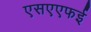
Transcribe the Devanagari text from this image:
एसएएफई